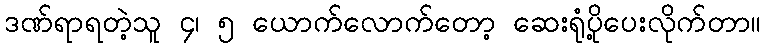
ဒဏ်ရာရတဲ့သူ ၄၊ ၅ ယောက်လောက်တော့ ဆေးရုံပို့ပေးလိုက်တာ။